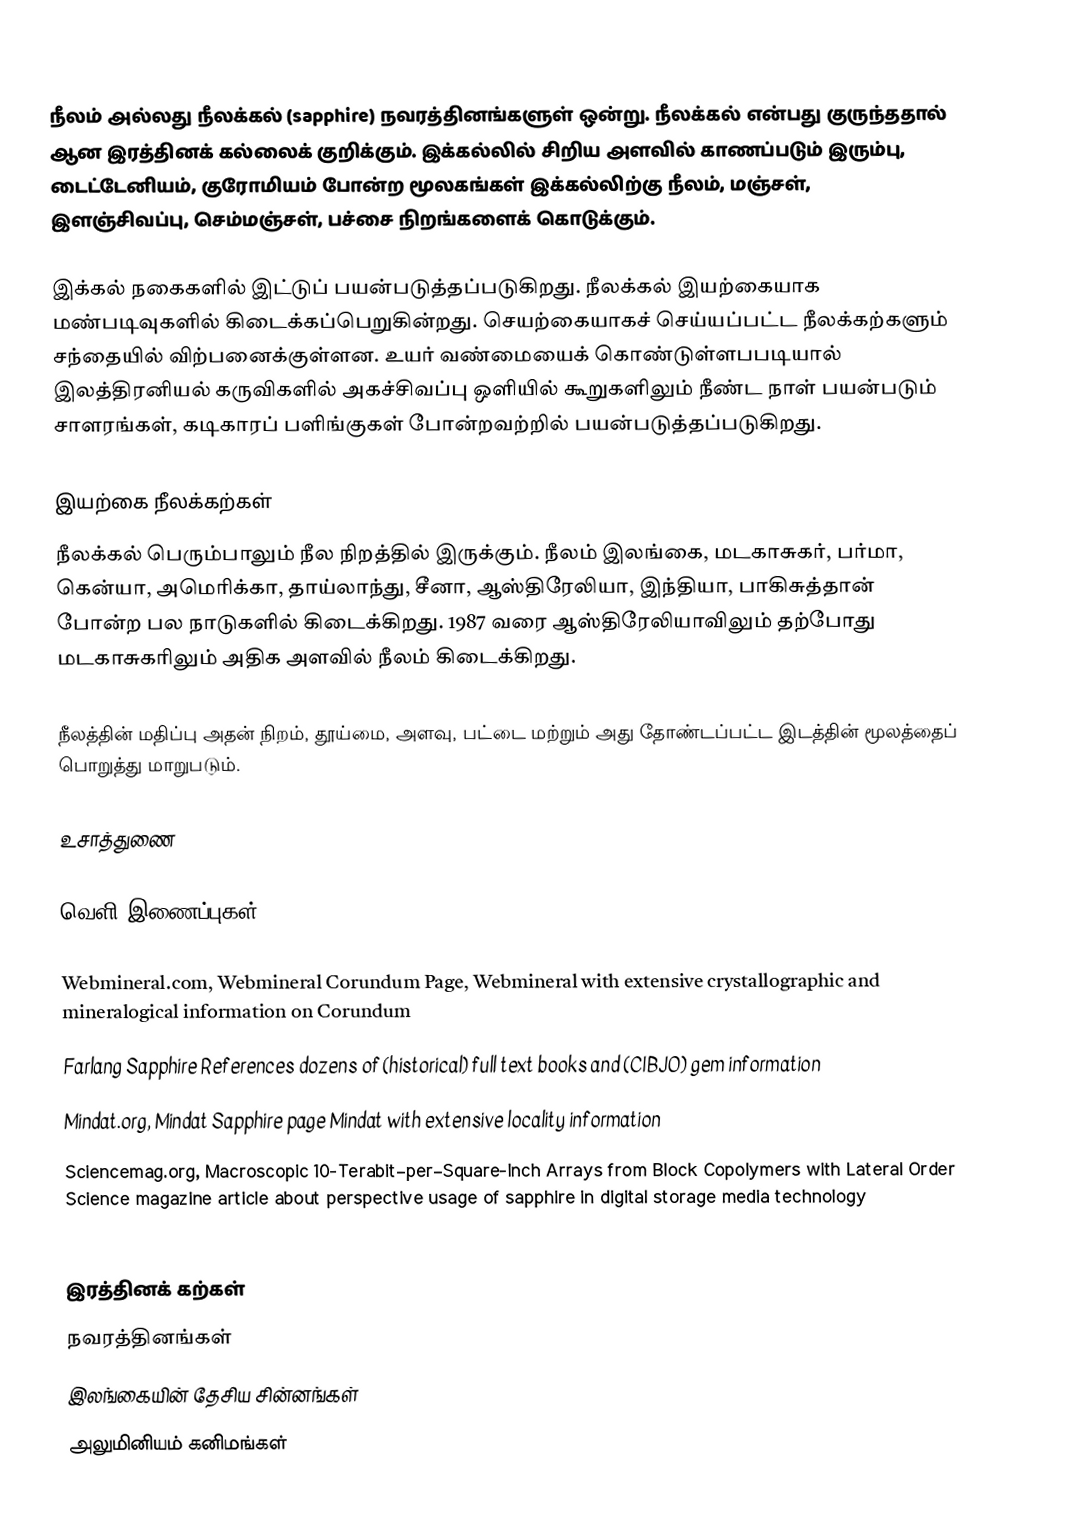
நீலம் அல்லது நீலக்கல் (sapphire) நவரத்தினங்களுள் ஒன்று. நீலக்கல் என்பது குருந்ததால் ஆன இரத்தினக் கல்லைக் குறிக்கும். இக்கல்லில் சிறிய அளவில் காணப்படும் இரும்பு, டைட்டேனியம், குரோமியம் போன்ற மூலகங்கள் இக்கல்லிற்கு நீலம், மஞ்சள், இளஞ்சிவப்பு, செம்மஞ்சள், பச்சை நிறங்களைக் கொடுக்கும்.

இக்கல் நகைகளில் இட்டுப் பயன்படுத்தப்படுகிறது. நீலக்கல் இயற்கையாக மண்படிவுகளில் கிடைக்கப்பெறுகின்றது. செயற்கையாகச் செய்யப்பட்ட நீலக்கற்களும் சந்தையில் விற்பனைக்குள்ளன. உயர் வண்மையைக் கொண்டுள்ளபபடியால் இலத்திரனியல் கருவிகளில் அகச்சிவப்பு ஒளியில் கூறுகளிலும் நீண்ட நாள் பயன்படும் சாளரங்கள், கடிகாரப் பளிங்குகள் போன்றவற்றில் பயன்படுத்தப்படுகிறது.

இயற்கை நீலக்கற்கள்
நீலக்கல் பெரும்பாலும் நீல நிறத்தில் இருக்கும். நீலம் இலங்கை, மடகாசுகர், பர்மா, கென்யா, அமெரிக்கா, தாய்லாந்து, சீனா, ஆஸ்திரேலியா, இந்தியா, பாகிசுத்தான் போன்ற பல நாடுகளில் கிடைக்கிறது. 1987 வரை ஆஸ்திரேலியாவிலும் தற்போது மடகாசுகரிலும் அதிக அளவில் நீலம் கிடைக்கிறது.

நீலத்தின் மதிப்பு அதன் நிறம், தூய்மை, அளவு, பட்டை மற்றும் அது தோண்டப்பட்ட இடத்தின் மூலத்தைப் பொறுத்து மாறுபடும்.

உசாத்துணை

வெளி இணைப்புகள்

 Webmineral.com, Webmineral Corundum Page, Webmineral with extensive crystallographic and mineralogical information on Corundum
 Farlang Sapphire References dozens of (historical) full text books and (CIBJO) gem information
 Mindat.org, Mindat Sapphire page Mindat with extensive locality information
 Sciencemag.org, Macroscopic 10-Terabit–per–Square-Inch Arrays from Block Copolymers with Lateral Order Science magazine article about perspective usage of sapphire in digital storage media technology

இரத்தினக் கற்கள்
நவரத்தினங்கள்
இலங்கையின் தேசிய சின்னங்கள்
அலுமினியம் கனிமங்கள்